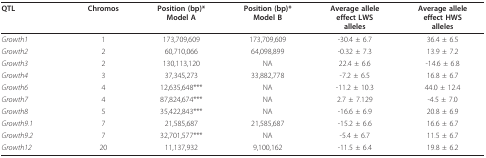
<table><thead><tr><td><b>QTL</b></td><td><b>Chromos</b></td><td><b>Position (bp)*Model A</b></td><td><b>Position (bp)*Model B</b></td><td><b>Average alleleeffect LWSalleles</b></td><td><b>Average alleleeffect HWSalleles</b></td></tr></thead><tbody><tr><td><i>Growth1</i></td><td>1</td><td>173,709,609</td><td>173,709,609</td><td>-30.4 ± 6.7</td><td>36.4 ± 6.5</td></tr><tr><td><i>Growth2</i></td><td>2</td><td>60,710,066</td><td>64,098,899</td><td>-0.32 ± 7.3</td><td>13.9 ± 7.2</td></tr><tr><td><i>Growth3</i></td><td>2</td><td>130,113,120</td><td>NA</td><td>22.4 ± 6.6</td><td>-14.6 ± 6.8</td></tr><tr><td><i>Growth4</i></td><td>3</td><td>37,345,273</td><td>33,882,778</td><td>-7.2 ± 6.5</td><td>16.8 ± 6.7</td></tr><tr><td><i>Growth6</i></td><td>4</td><td>12,635,648***</td><td>NA</td><td>-11.2 ± 10.3</td><td>44.0 ± 12.4</td></tr><tr><td><i>Growth7</i></td><td>4</td><td>87,824,674***</td><td>NA</td><td>2.7 ± 7.129</td><td>-4.5 ± 7.0</td></tr><tr><td><i>Growth8</i></td><td>5</td><td>35,422,843***</td><td>NA</td><td>-16.6 ± 6.9</td><td>20.8 ± 6.9</td></tr><tr><td><i>Growth9.1</i></td><td>7</td><td>21,585,687</td><td>21,585,687</td><td>-15.2 ± 6.6</td><td>16.6 ± 6.7</td></tr><tr><td><i>Growth9.2</i></td><td>7</td><td>32,701,577***</td><td>NA</td><td>-5.4 ± 6.7</td><td>11.5 ± 6.7</td></tr><tr><td><i>Growth12</i></td><td>20</td><td>11,137,932</td><td>9,100,162</td><td>-11.5 ± 6.4</td><td>19.8 ± 6.2</td></tr></tbody></table>